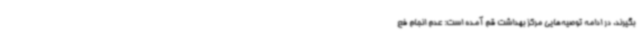
بگیرند. در ادامه توصیه‌هایی مرکز بهداشت قم آمده است: عدم انجام فع